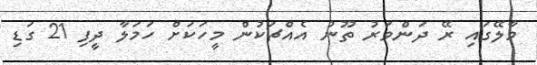
މާލޭގައި ރޭ ދަންވަރު ތޫނު އެއްޗަކުން މީހަކަށް ހަމަލާ ދީފި 21 ގަޑި